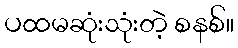
ပထမဆုံးသုံးတဲ့ စနစ်။